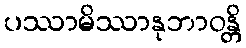
ပဿာမိဿာနုဘာဝန္တိ